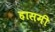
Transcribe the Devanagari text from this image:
हासमी